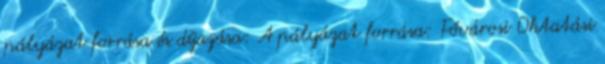
pályázat forrása és díjazása: A pályázat forrása: Fővárosi Oktatási